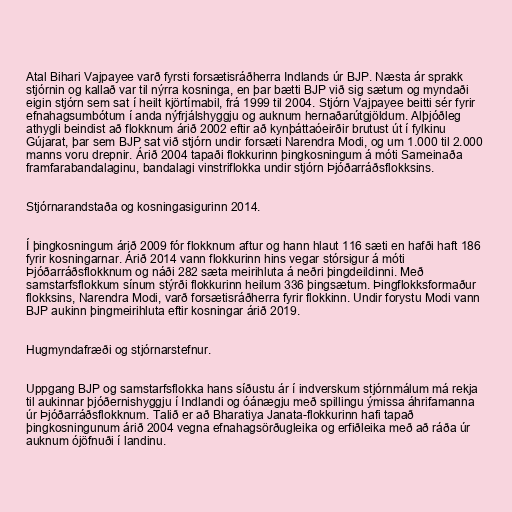
Atal Bihari Vajpayee varð fyrsti forsætisráðherra Indlands úr BJP. Næsta ár sprakk
stjórnin og kallað var til nýrra kosninga, en þar bætti BJP við sig sætum og myndaði
eigin stjórn sem sat í heilt kjörtímabil, frá 1999 til 2004. Stjórn Vajpayee beitti sér fyrir
efnahagsumbótum í anda nýfrjálshyggju og auknum hernaðarútgjöldum. Alþjóðleg
athygli beindist að flokknum árið 2002 eftir að kynþáttaóeirðir brutust út í fylkinu
Gújarat, þar sem BJP sat við stjórn undir forsæti Narendra Modi, og um 1.000 til 2.000
manns voru drepnir. Árið 2004 tapaði flokkurinn þingkosningum á móti Sameinaða
framfarabandalaginu, bandalagi vinstriflokka undir stjórn Þjóðarráðsflokksins.

Stjórnarandstaða og kosningasigurinn 2014.

Í þingkosningum árið 2009 fór flokknum aftur og hann hlaut 116 sæti en hafði haft 186
fyrir kosningarnar. Árið 2014 vann flokkurinn hins vegar stórsigur á móti
Þjóðarráðsflokknum og náði 282 sæta meirihluta á neðri þingdeildinni. Með
samstarfsflokkum sínum stýrði flokkurinn heilum 336 þingsætum. Þingflokksformaður
flokksins, Narendra Modi, varð forsætisráðherra fyrir flokkinn. Undir forystu Modi vann
BJP aukinn þingmeirihluta eftir kosningar árið 2019.

Hugmyndafræði og stjórnarstefnur.

Uppgang BJP og samstarfsflokka hans síðustu ár í indverskum stjórnmálum má rekja
til aukinnar þjóðernishyggju í Indlandi og óánægju með spillingu ýmissa áhrifamanna
úr Þjóðarráðsflokknum. Talið er að Bharatiya Janata-flokkurinn hafi tapað
þingkosningunum árið 2004 vegna efnahagsörðugleika og erfiðleika með að ráða úr
auknum ójöfnuði í landinu.